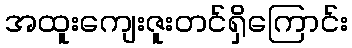
အထူးကျေးဇူးတင်ရှိကြောင်း